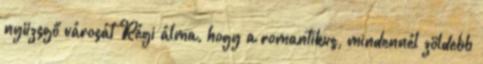
nyüzsgő városát Régi álma, hogy a romantikus, mindennél zöldebb